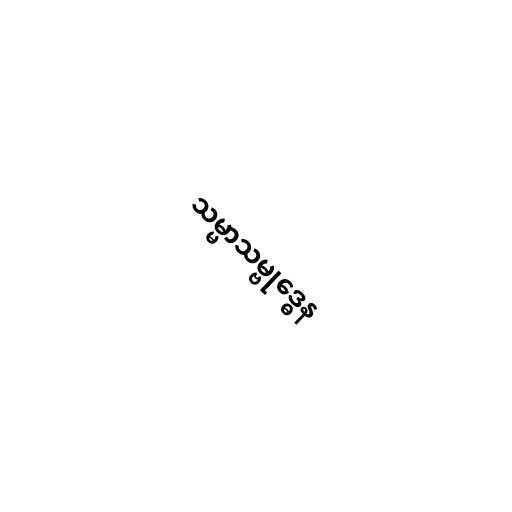
သမ္မာသမ္ဗုဒ္ဓေန